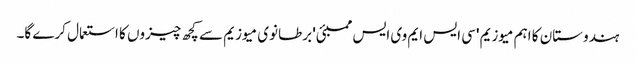
ہندوستان کا اہم میوزیم 'سی ایس ایم وی ایس ممبئی' برطانوی میوزیم سے کچھ چیزوں کا استعمال کرے گا۔